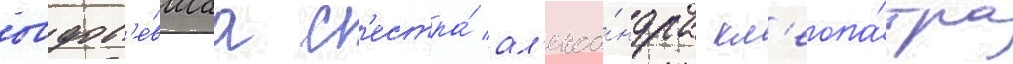
овдов'е́вшаа с'естра́ ал'екса́ндра кл'еопа́тра